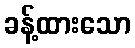
ခန့်ထားသော